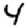
Digit: 4